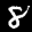
Label: 8